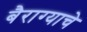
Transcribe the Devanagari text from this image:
बैराग्याचे